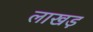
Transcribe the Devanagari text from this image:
लाखड़